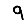
Digit: 9